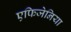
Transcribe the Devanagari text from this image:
एफिजेनिया